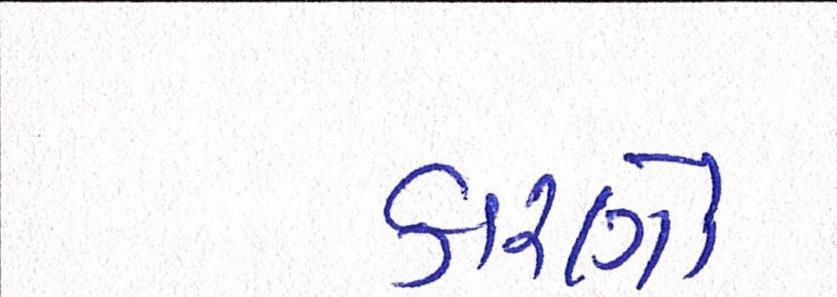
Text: કારણો